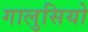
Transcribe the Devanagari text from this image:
गालुसियो